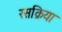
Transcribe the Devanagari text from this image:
रसक्रिया